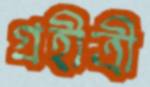
গ্রহীত্রী